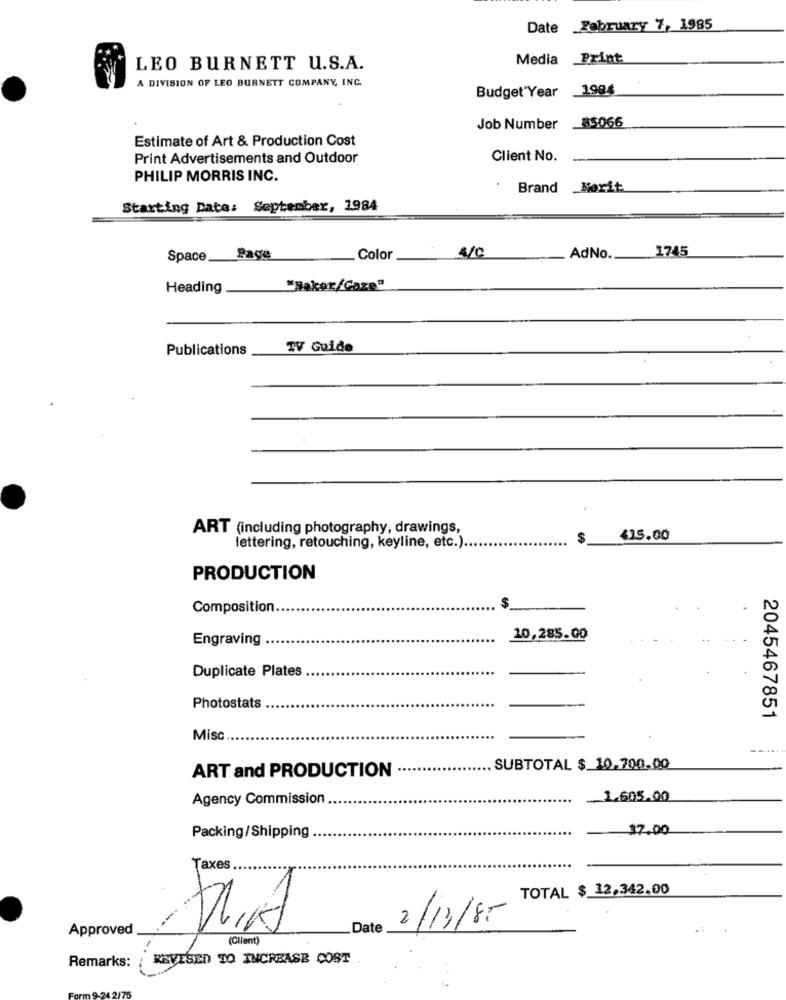
Date February 7, 1985
Media Print
LEO BURNETT U.S.A.
A DIVISION OF LEO BURNETT COMPANY, INC.
1994
Budget Year
Job Number _85066
Estimate of Art & Production Cost
Print Advertisements and Outdoor
Client No.
PHILIP MORRIS INC.
Brand _Norit
Starting Date: September, 1984
1745
Space Sage
_ Color
4/0
AdNo.
Heading
"Hakar/Gaze"
Publications
TV Guide
ART (including photography, drawings,
415.00
lettering, retouching, keyline, etc.).
PRODUCTION
$
Composition.
Engraving
10,285.00
Duplicate Plates .
Photostats
2045467851
Misc
ART and PRODUCTION
SUBTOTAL $ 10.700.00
Agency Commission
1.605.00
37.00
Packing/Shipping
Taxes
TOTAL $ 12,342.00
Approved
Date
2/13/85
(Client)
REVISED TO INCREASE COST
Remarks: